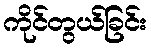
ကိုင်တွယ်ခြင်း